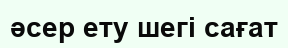
əсер ету шегі сағат